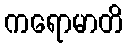
ကရောမာတိ